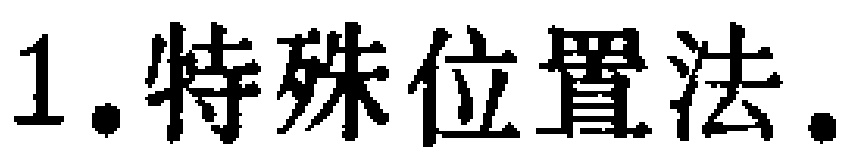
1.特殊位置法.